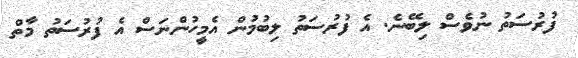
ފުރުސަތު ނުވެސް ލިބޭނެ. އެ ފުރުސަތު ލިބުމުން އެމީހުންނަސް އެ ފުރުސަތު މާތް